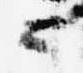
候